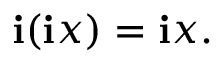
\mathbf { i } ( \mathbf { i } x ) = \mathbf { i } x .